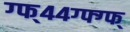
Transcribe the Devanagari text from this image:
ग्फ्४४ग्फ्ग्फ्